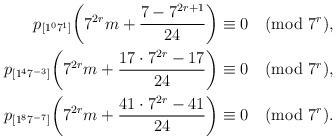
LaTeX: \begin{align*}\begin{aligned}p_{[1^07^1]}\bigg(7^{2r}m+\frac{7-7^{2r+1}}{24}\bigg)&\equiv 0\pmod{7^{r}},\\p_{[1^47^{-3}]}\bigg(7^{2r}m+\frac{17\cdot7^{2r}-17}{24}\bigg)&\equiv 0\pmod{7^{r}},\\p_{[1^87^{-7}]}\bigg(7^{2r}m+\frac{41\cdot7^{2r}-41}{24}\bigg)&\equiv 0\pmod{7^{r}}.\end{aligned}\end{align*}